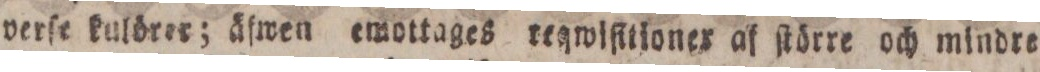
verſe kulörer; äfwen emottages reqiſitioner af ſtörre och mindre